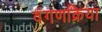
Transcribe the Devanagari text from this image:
वंगणक्रिया